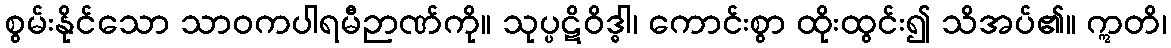
စွမ်းနိုင်သော သာဝကပါရမီဉာဏ်ကို။ သုပ္ပဋိဝိဒ္ဓါ၊ ကောင်းစွာ ထိုးထွင်း၍ သိအပ်၏။ ဣတိ၊